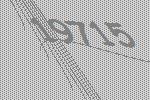
19715